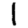
Digit: 1